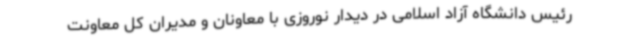
رئیس دانشگاه آزاد اسلامی در دیدار نوروزی با معاونان و مدیران کل معاونت